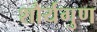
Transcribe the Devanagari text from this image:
शौर्यगुण